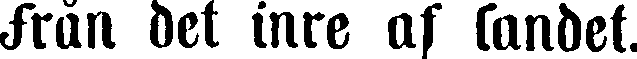
från det inre af landet.